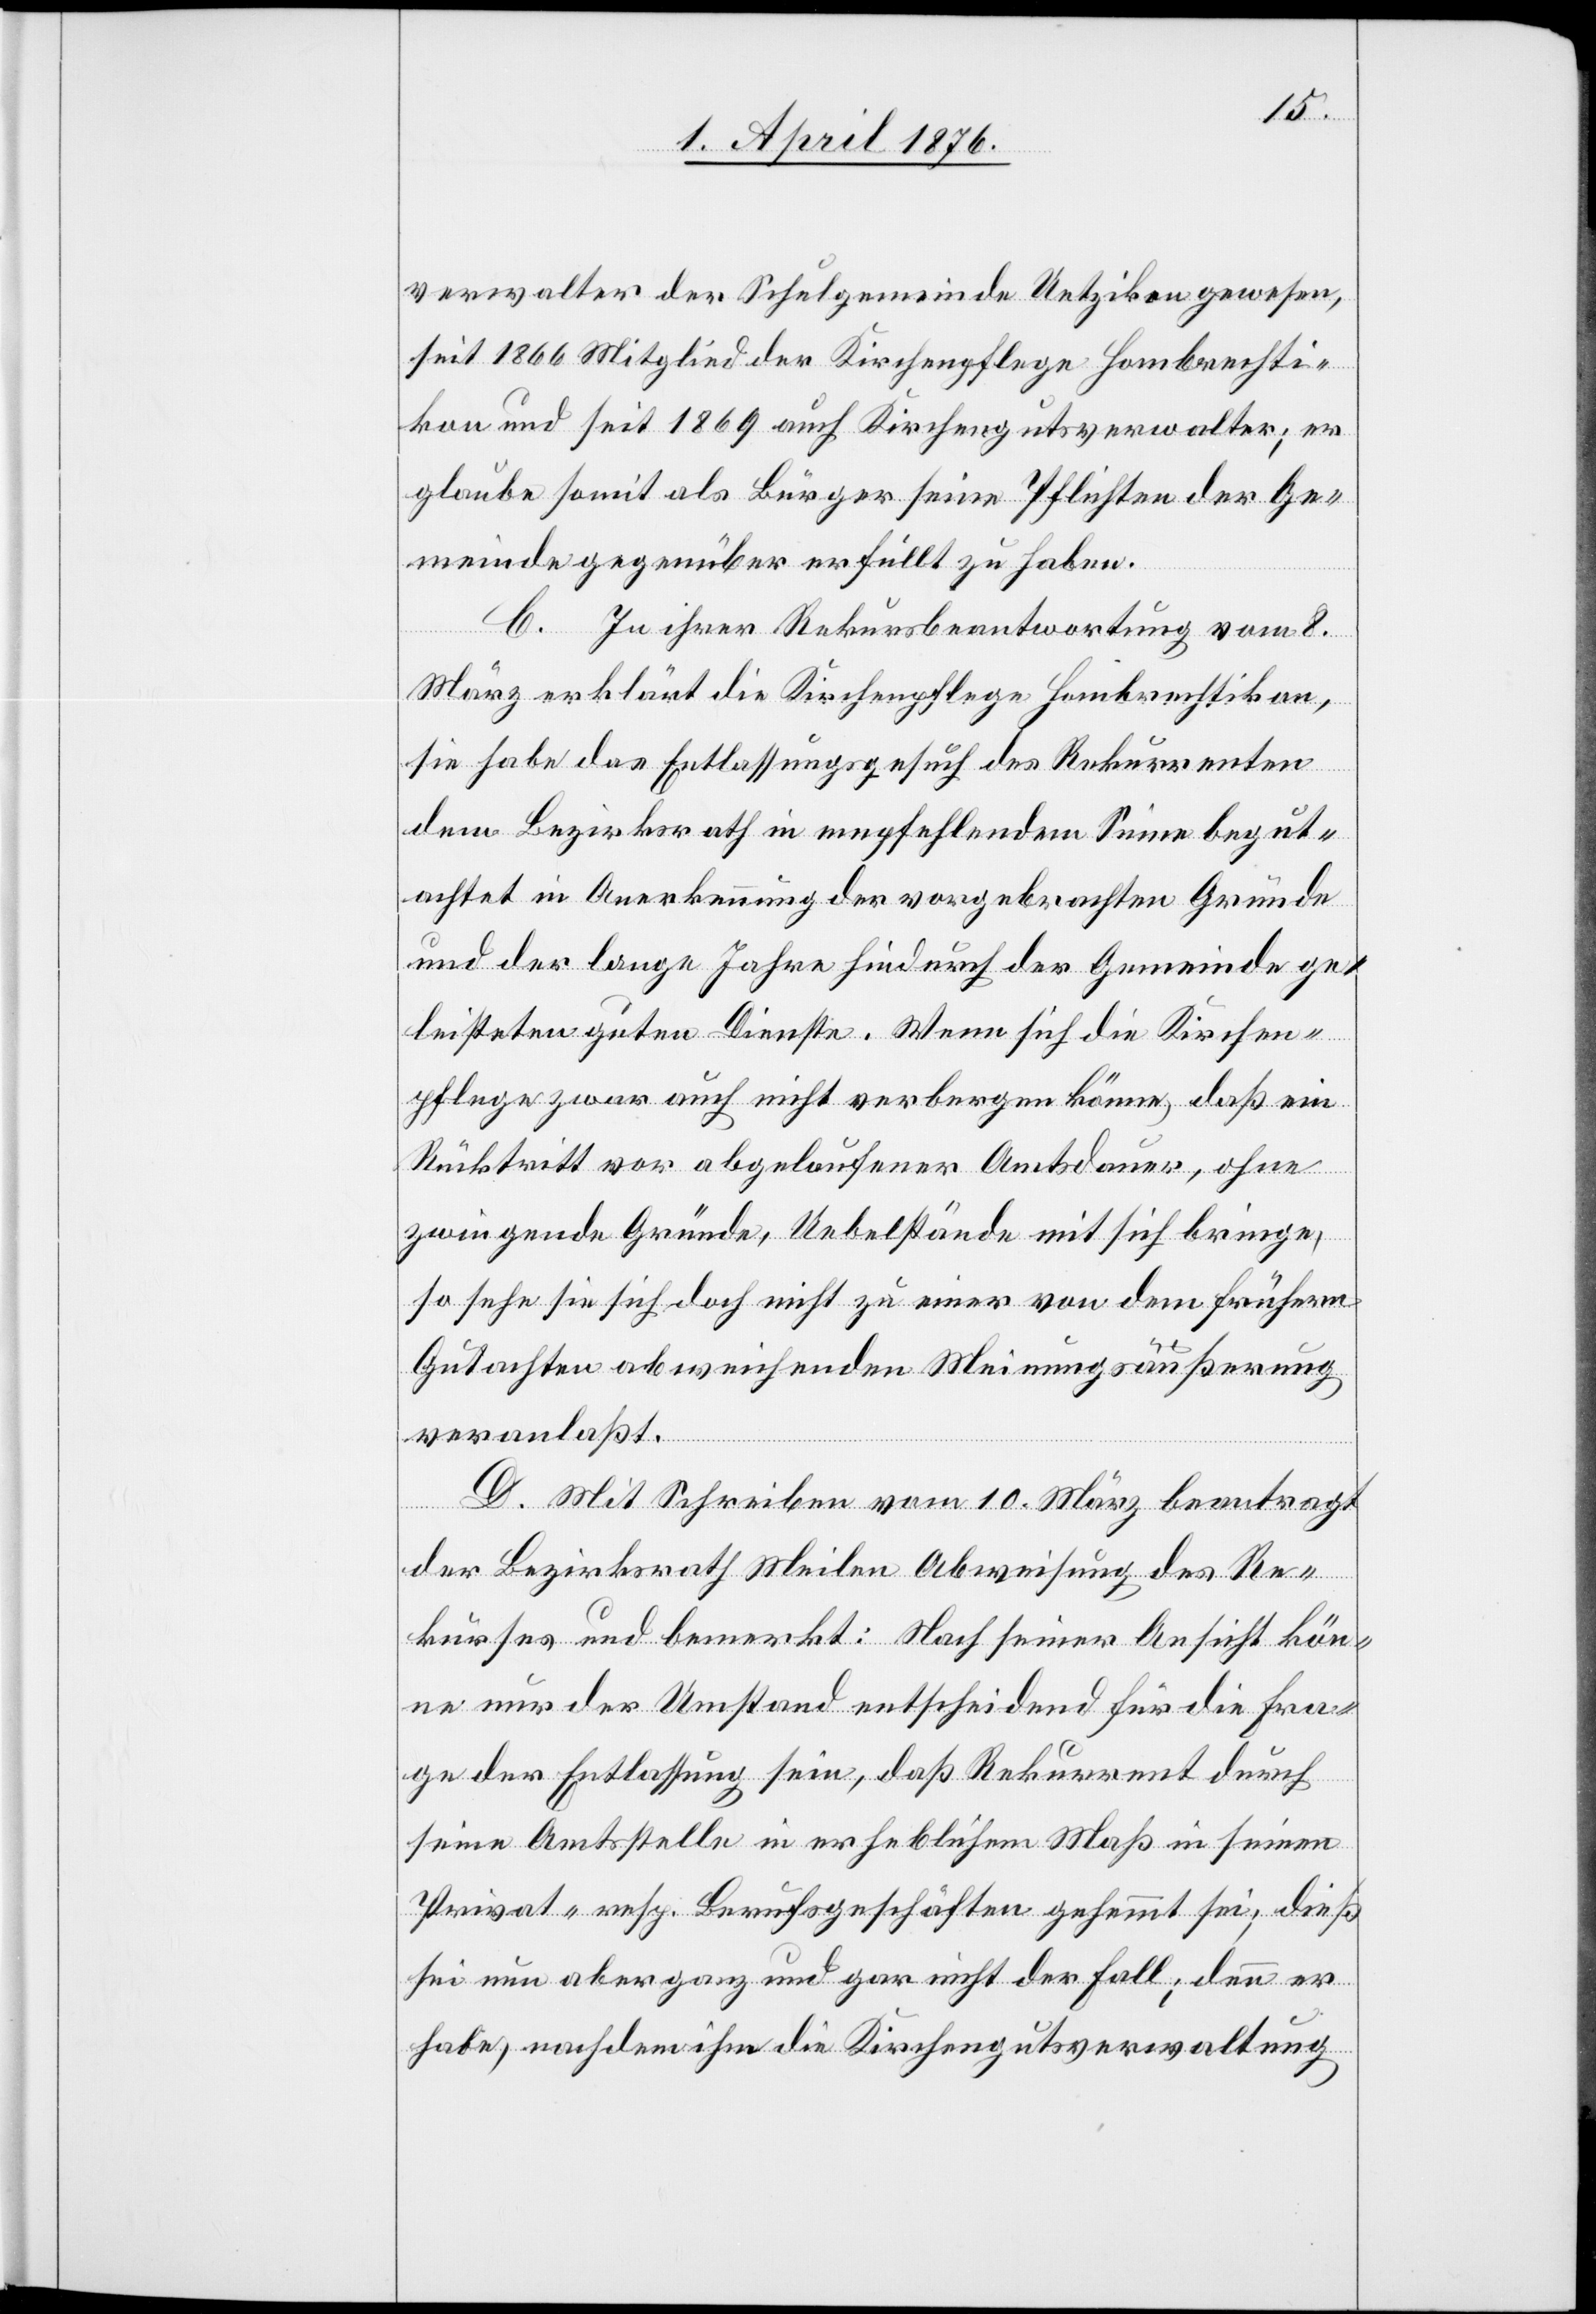
verwalter der Schulgemeinde Uetzikon gewesen,
seit 1866 Mitglied der Kirchenpflege Hombrechti¬
kon und seit 1869 auch Kirchengutsverwalter; er
glaube somit als Bürger seine Pflichten der Ge¬
meinde gegenüber erfüllt zu haben.
C. Zu ihrer Rekursbeantwortung vom 8.
März erklärt die Kirchenpflege Hombrechtikon,
sie habe das Entlassungsgesuch des Rekurrenten
dem Bezirksrath in empfehlendem Sinne begut¬
achtet in Anerkennung der vorgebrachten Gründe
und der lange Jahre hindurch der Gemeinde ge¬
leisteten guten Dienste. Wenn sich die Kirchen¬
pflege zwar auch nicht verbergen könne, daß ein
Rücktritt vor abgelaufener Amtsdauer, ohne
zwingende Gründe, Uebelstände mit sich bringe,
so sehe sie sich doch nicht zu einer von dem frühern
Gutachten abweichenden Meinungsäußerung
veranlaßt.
D. Mit Schreiben vom 10. März beantragt
der Bezirksrath Meilen Abweisung des Re¬
kurses und bemerkt: Nach seiner Ansicht kön¬
ne nur der Umstand entscheidend für die Fra¬
ge der Entlassung sein, daß Rekurrent durch
seine Amtsstelle in erheblichem Maß in seinen
Privat- resp. Berufsgeschäften gehemmt sei; dieß
sei nun aber ganz und gar nicht der Fall; denn er
habe, nachdem ihm die Kirchengutsverwaltung